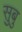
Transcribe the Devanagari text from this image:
सुबु